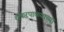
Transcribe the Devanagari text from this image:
शंकरपाळ्याच्या